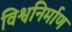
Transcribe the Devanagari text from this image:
विश्वनिर्माण